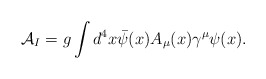
\begin{align*}{\cal A}_I = g \int d^4x \bar{\psi}(x) A_\mu(x) \gamma^\mu \psi(x).\end{align*}